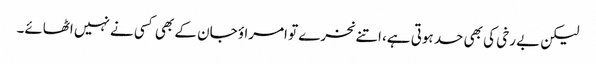
لیکن بے رخی کی بھی حد ہوتی ہے، اتنے نخرے تو امراؤ جان کے بھی کسی نے نہیں اٹھائے۔